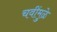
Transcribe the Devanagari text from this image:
चवींमुळे